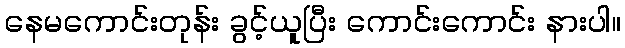
နေမကောင်းတုန်း ခွင့်ယူပြီး ကောင်းကောင်း နားပါ။